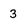
Character: 3